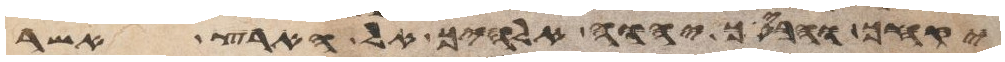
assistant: יקחך והביאך יהוה אלהיך אל הארץ אשר